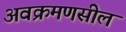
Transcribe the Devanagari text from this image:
अवक्रमणसील